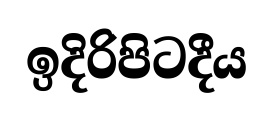
ඉදිරිපිටදීය